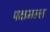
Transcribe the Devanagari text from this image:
पक्षमल्ल